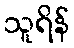
သူရိန်